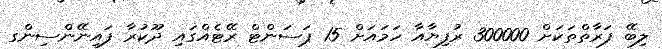
ލިބޭ ފަރާތްތަކަށް 300000 ރުފިޔާއާ ހަމައަށް 15 ޕަސަންޓް ރޭޓެއްގައި ދޫކުރާ ފައިނޭންސިންގ